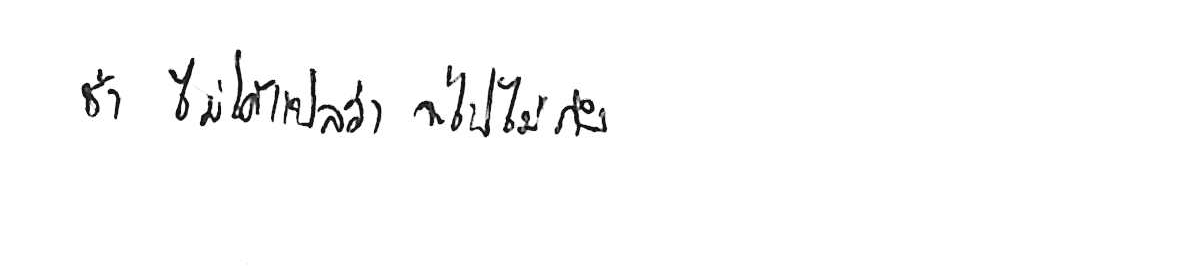
ช้า ไม่ได้แปลว่า จะไปไม่ถึง